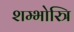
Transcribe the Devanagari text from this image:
शम्भोस्त्रि